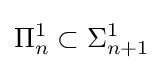
\Pi _{n}^{1}\subset \Sigma _{n+1}^{1}